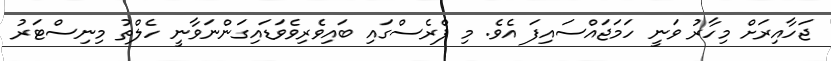
ޖަހާއިރަށް މިހާރު ވަނީ ހަމަޖައްސައިފަ އެވެ. މި ޕްރެސްގައި ބައިވެރިވެވަޑައިގަންނަވާނީ ހެލްތު މިނިސްޓަރު